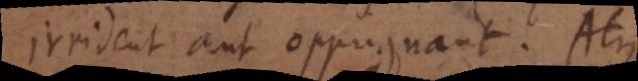
t aut oppugnant. At